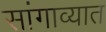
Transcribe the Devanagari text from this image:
सांगाव्यात